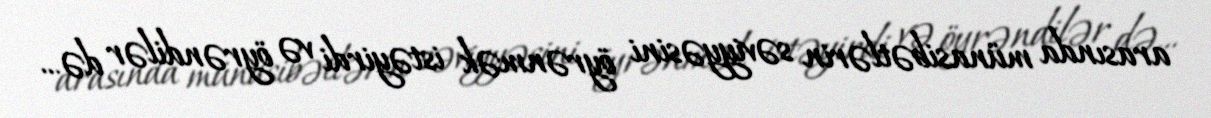
arasında münasibətlərin səviyyəsini öyrənmək istəyirdi və öyrəndilər də...